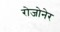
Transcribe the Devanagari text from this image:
रोजोनेर